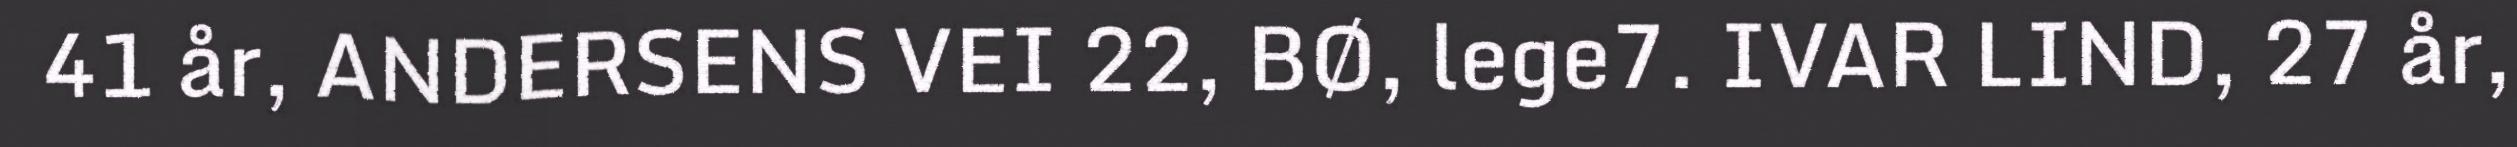
41 år, ANDERSENS VEI 22, BØ, lege7. IVAR LIND, 27 år,